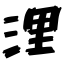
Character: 浬